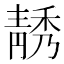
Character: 𲊗